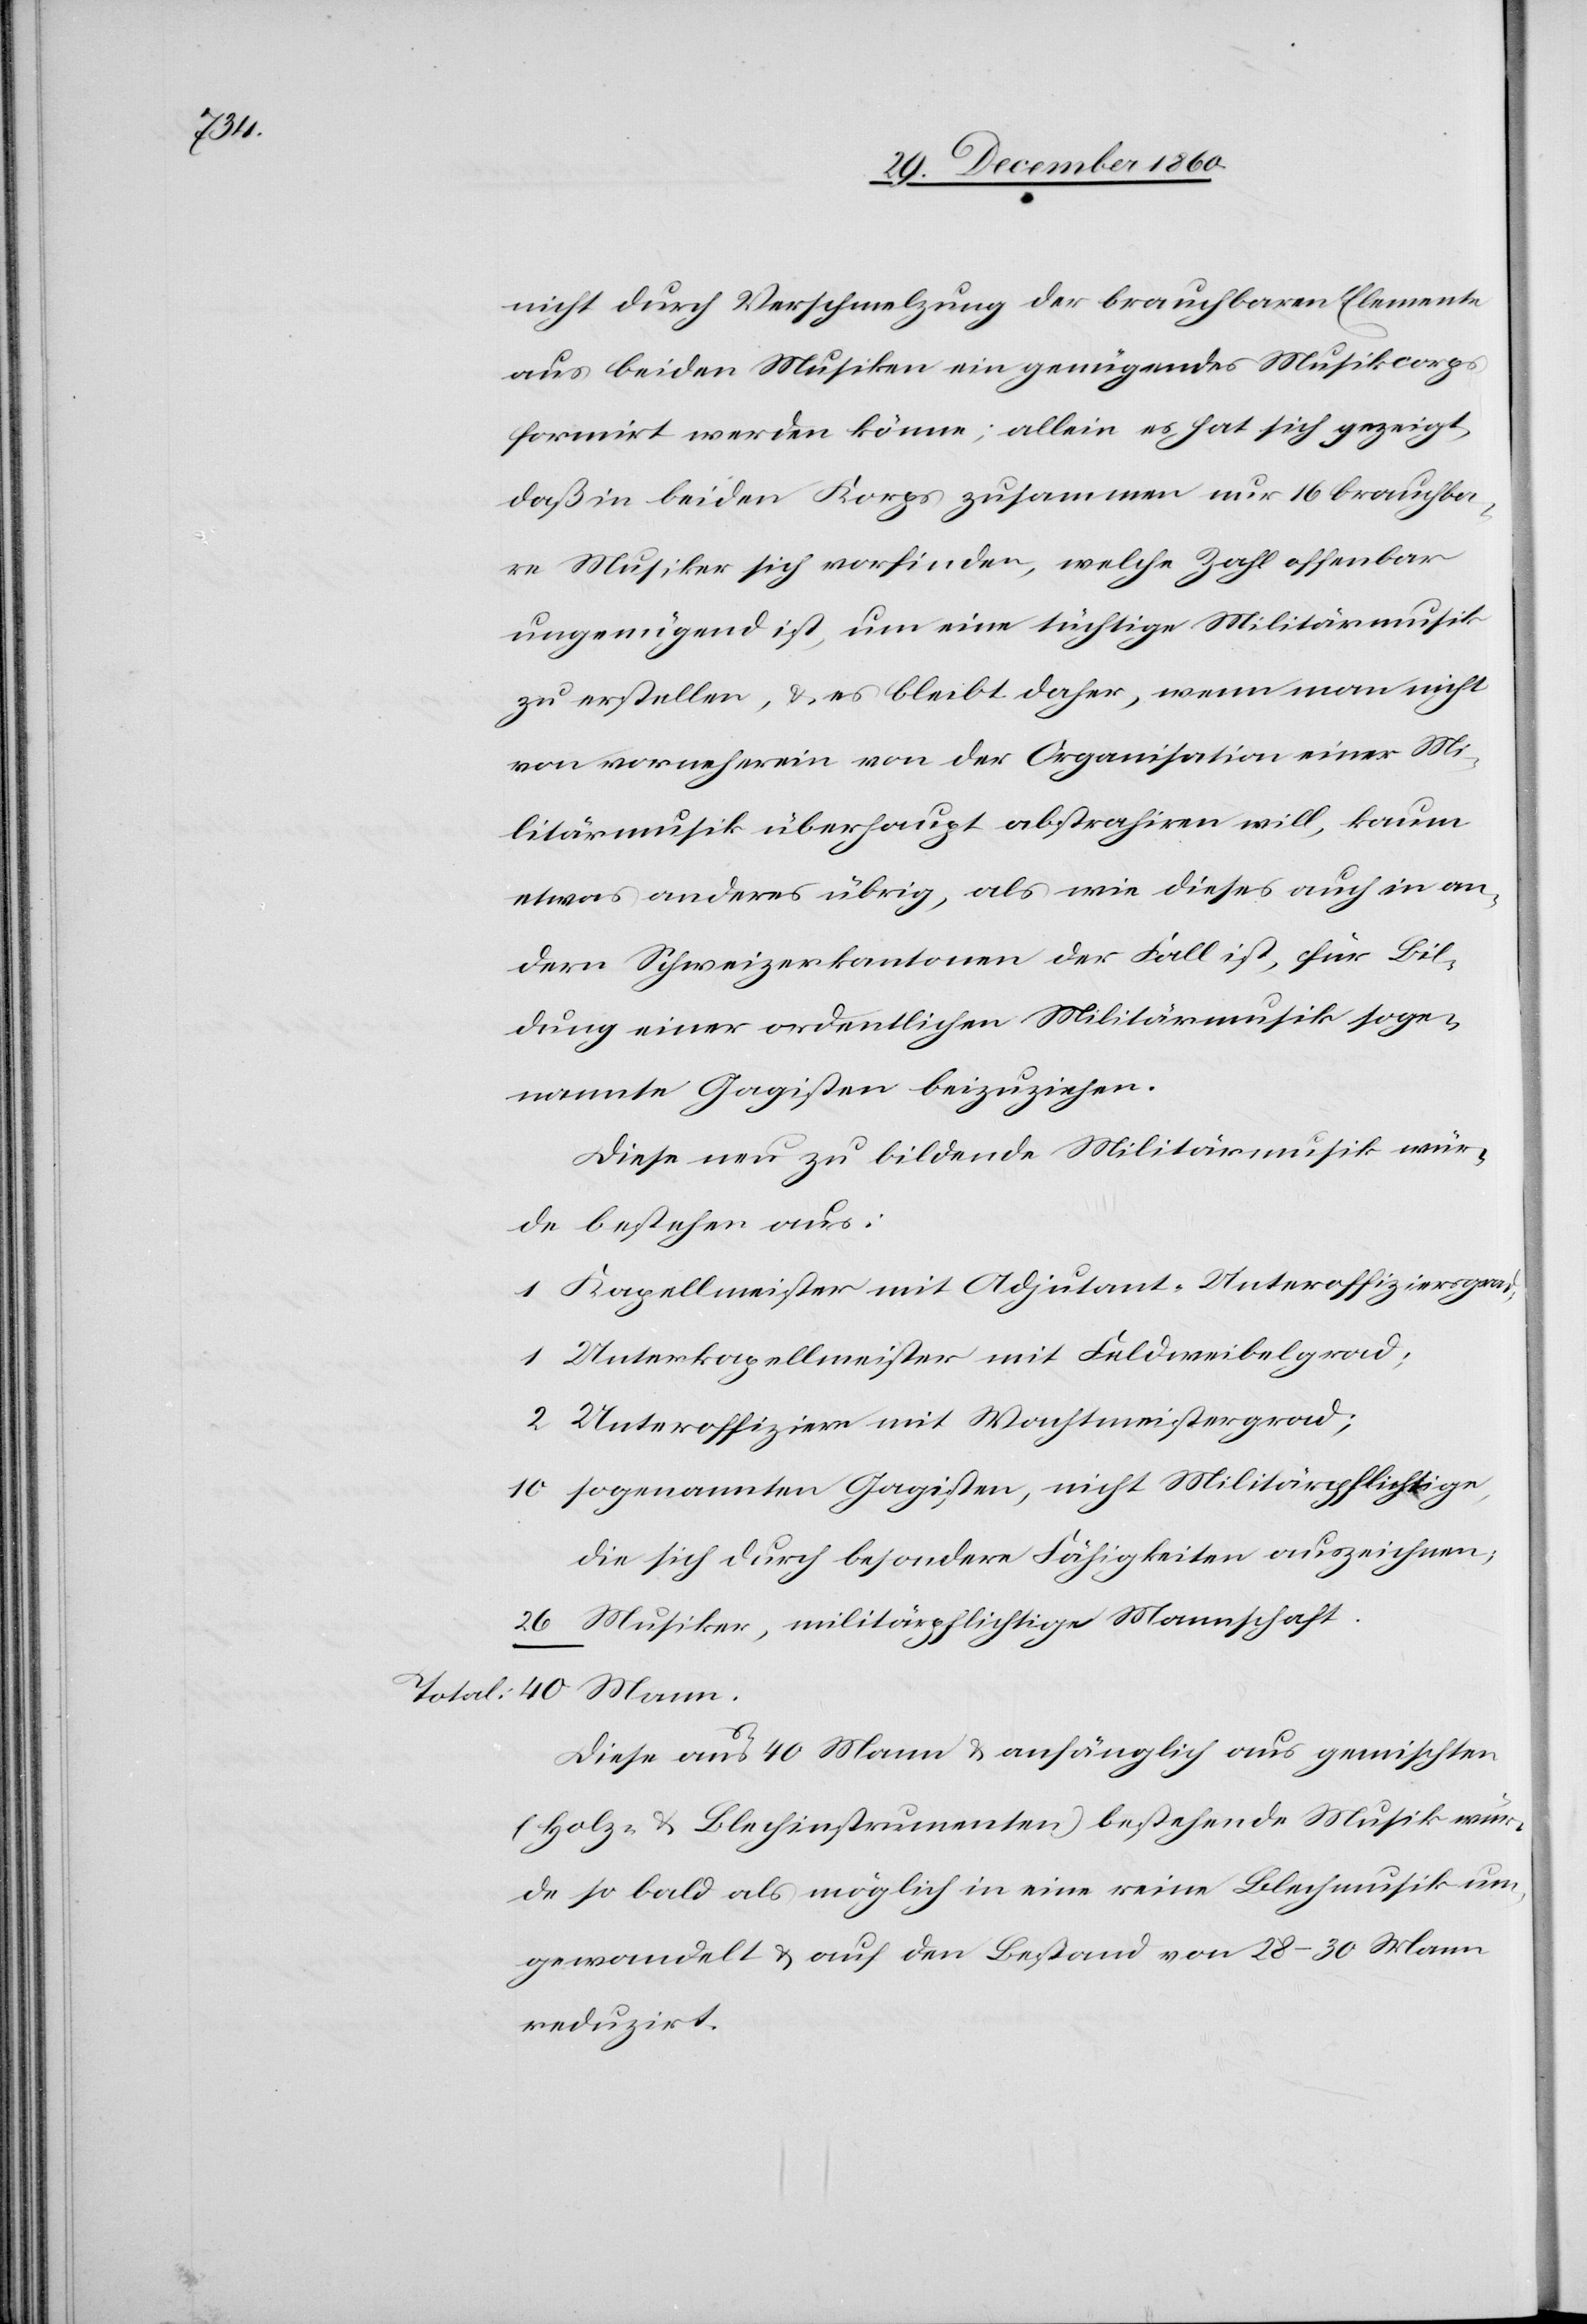
Mann.

nicht durch Verschmelzung der brauchbaren Elemente
aus beiden Musiken ein genügendes Musikcorps
formirt werden könne; allein es hat sich gezeigt,
daß in beiden Korps zusammen nur 16 brauchba¬
re Musiker sich vorfinden, welche Zahl offenbar
ungenügend ist, um eine tüchtige Militärmusik
zu erstellen, u. es bleibt daher, wenn man nicht
von vorneherein von der Organisation einer Mi¬
litärmusik überhaupt abstrahiren will, kaum
etwas anderes übrig, als wie dieses auch in an¬
dern Schweizerkantonen der Fall ist, für Bil¬
dung einer ordentlichen Militärmusik soge¬
nannte Gagisten beizuziehen.
Diese neu zu bildende Militärmusik wür¬
de bestehen aus:
Kapellmeister mit Adjutant-Unteroffiziersgrad;
Unterkapellmeister mit Feldweibelgrad;
Unteroffiziere mit Wachtmeistergrad;
sogenannten Gagisten, nicht Militärpflichtige,
die sich durch besondere Fähigkeiten auszeichnen;
Musiker, militärpflichtige Mannschaft
Diese aus 40 Mann u. anfänglich aus gemischten
(Holz- u. Blechinstrumenten) bestehende Musik wur¬
de so bald als möglich in eine reine Blechmusik um¬
gewandelt u. auf den Bestand von 28–30 Mann
reduzirt.